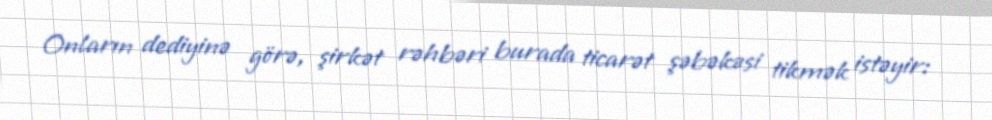
Onların dediyinə görə, şirkət rəhbəri burada ticarət şəbəkəsi tikmək istəyir: